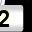
Digit: 2